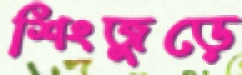
শিংজুড়ে